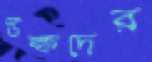
উল্ফদের